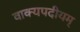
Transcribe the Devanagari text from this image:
वाक्यपदीयम्